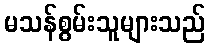
မသန်စွမ်းသူများသည်